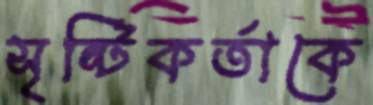
সৃষ্টিকর্তাকে